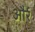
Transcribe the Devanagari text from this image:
और्र